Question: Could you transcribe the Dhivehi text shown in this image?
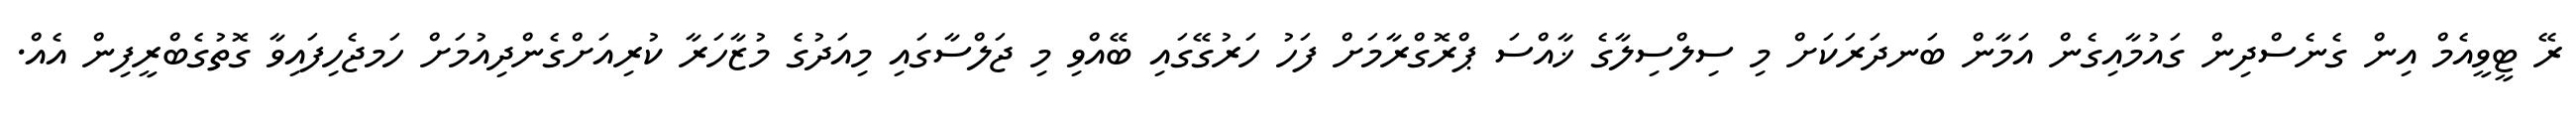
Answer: ރޭ ޓީވީއެމް އިން ގެނެސްދިން ގައުމާއިގެން އަމާން ބަނދަރަކަށް މި ސިލްސިލާގެ ޚާއްސަ ޕްރޮގްރާމަށް ފަހު ހަރުގޭގައި ބޭއްވި މި ޖަލްސާގައި މިއަދުގެ މުޒާހަރާ ކުރިއަށްގެންދިއުމަށް ހަމޖެހިފައިވާ ގޮތުގެބްރީފިން އެއް.